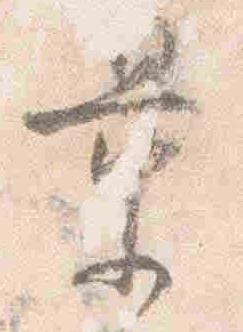
量